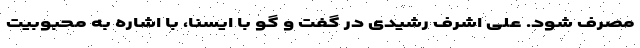
مصرف شود. علی اشرف رشیدی در گفت و گو با ایسنا، با اشاره به محبوبیت